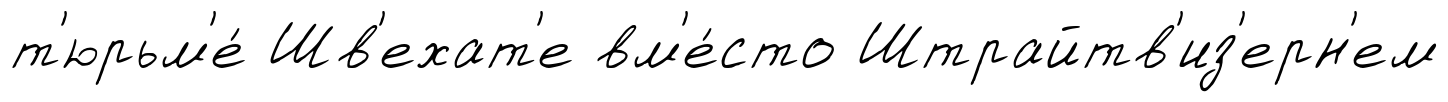
т'юрьм'е́ Шв'ехат'е вм'е́сто Штрайтв'из'ерн'ем